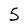
Character: 5